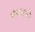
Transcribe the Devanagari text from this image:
गॅसमध्ये